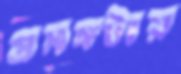
প্রসঙ্গটায়